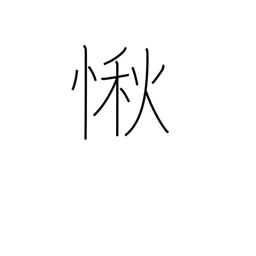
Meaning: respect